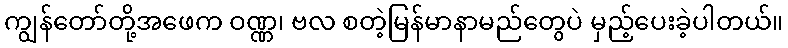
ကျွန်တော်တို့အဖေက ဝဏ္ဏ၊ ဗလ စတဲ့မြန်မာနာမည်တွေပဲ မှည့်ပေးခဲ့ပါတယ်။